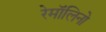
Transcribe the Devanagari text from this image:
रेमॉलिनो